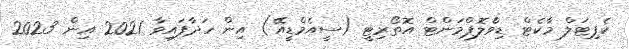
ކެޕިޓަލް މާކެޓް ޑިވްެލޮޕްމަންޓް އޮތޯރިޓީ (ސީއެމްޑީއޭ) އިން ހަދާފައިވާ 2021 އިން 2023